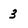
Character: 3